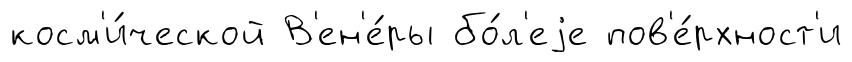
косм'и́ческой В'ен'е́ры бо́л'еjе пов'е́рхност'и